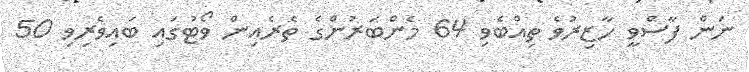
ނަން ފާސްވީ ހާޒިރުވެ ތިއްބެވި 64 މެންބަރުންގެ ތެރެއިން ވޯޓުގައި ބައިވެރިވި 50